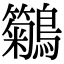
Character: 𪇢